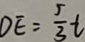
O E = \frac { 5 } { 3 } t